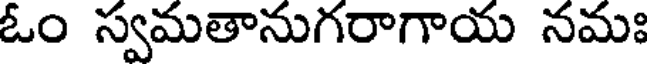
ఓం స్వమతానుగరాగాయ నమః